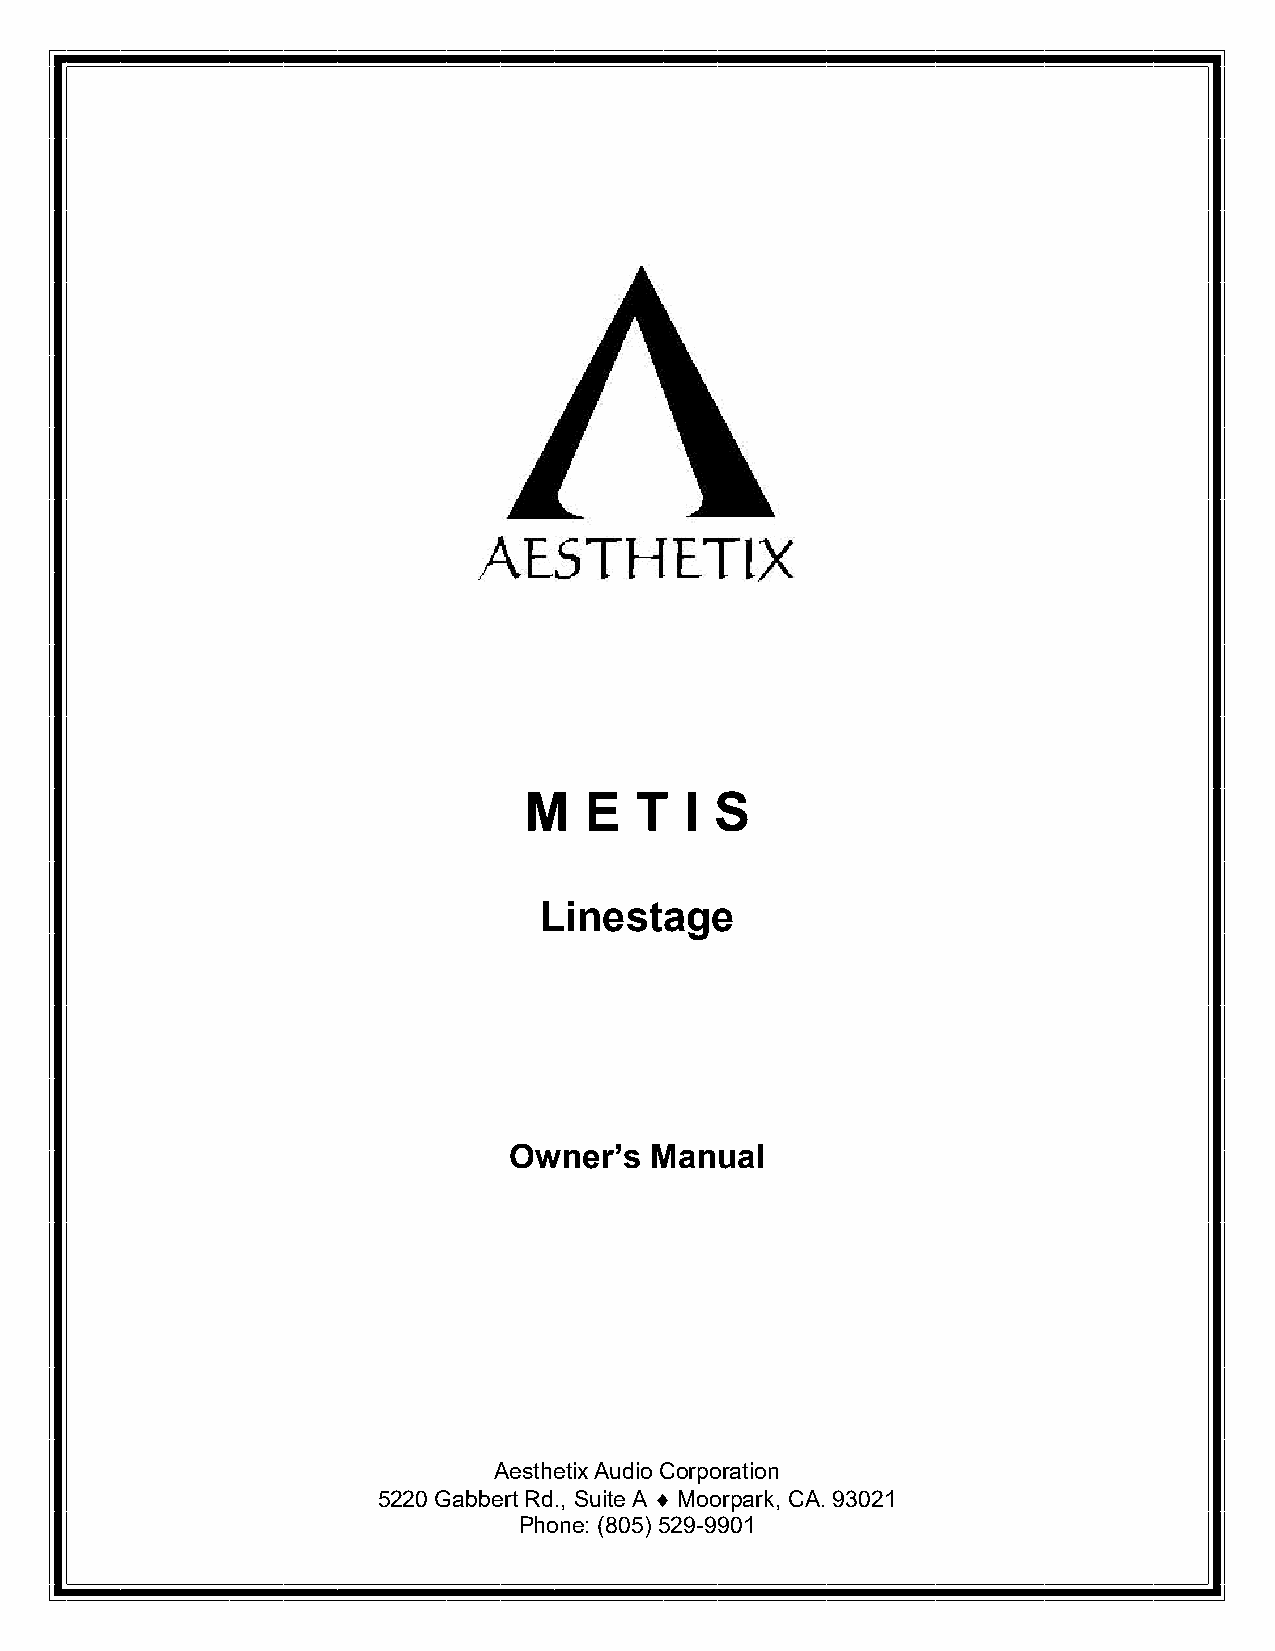
M   E  T  I S
 Linestage
 Owner’s  Manual
 Aesthetix Audio Corporation
 5220 Gabbert Rd., Suite A  Moorpark, CA. 93021
 Phone: (805) 529-9901